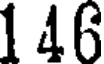
146